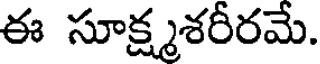
ఈ సూక్ష్మశరీరమే.